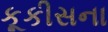
કૂકીસના